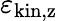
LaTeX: \varepsilon_{\mathrm{kin,z}}